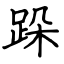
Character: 跺